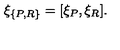
\xi _ { \{ P , R \} } = [ \xi _ { P } , \xi _ { R } ] .